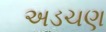
અડચણ